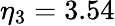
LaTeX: \eta_{3}=3.54